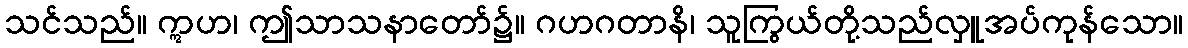
သင်သည်။ ဣဟ၊ ဤသာသနာတော်၌။ ဂဟဂတာနိ၊ သူကြွယ်တို့သည်လှူအပ်ကုန်သော။